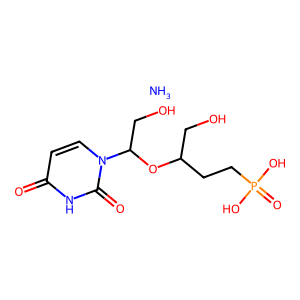
SMILES: N.O=c1ccn(C(CO)OC(CO)CCP(=O)(O)O)c(=O)[nH]1
Inhibits HIV replication: No